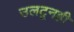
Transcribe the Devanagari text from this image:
उलटूनही